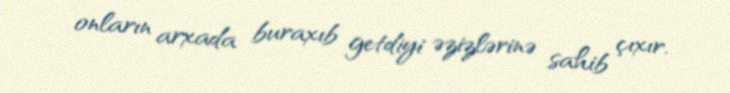
onların arxada buraxıb getdiyi əzizlərinə sahib çıxır.